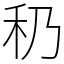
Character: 䄧